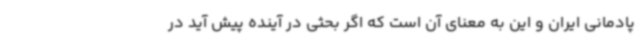
پادمانی ایران و این به معنای آن است که اگر بحثی در آینده پیش آید در